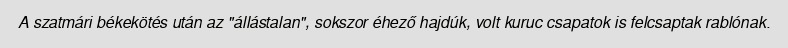
A szatmári békekötés után az "állástalan", sokszor éhező hajdúk, volt kuruc csapatok is felcsaptak rablónak.